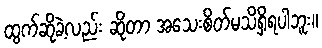
ထွက်ဆိုခဲ့လည်း ဆိုတာ အသေးစိတ်မသိရှိရပါဘူး။